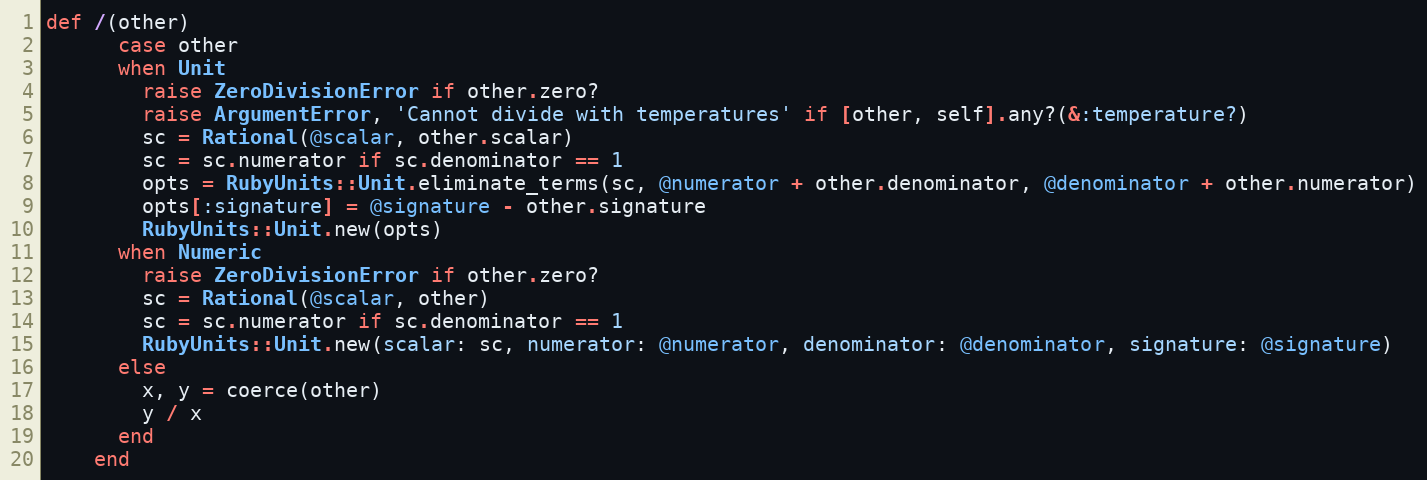
Language: Ruby
def /(other)
      case other
      when Unit
        raise ZeroDivisionError if other.zero?
        raise ArgumentError, 'Cannot divide with temperatures' if [other, self].any?(&:temperature?)
        sc = Rational(@scalar, other.scalar)
        sc = sc.numerator if sc.denominator == 1
        opts = RubyUnits::Unit.eliminate_terms(sc, @numerator + other.denominator, @denominator + other.numerator)
        opts[:signature] = @signature - other.signature
        RubyUnits::Unit.new(opts)
      when Numeric
        raise ZeroDivisionError if other.zero?
        sc = Rational(@scalar, other)
        sc = sc.numerator if sc.denominator == 1
        RubyUnits::Unit.new(scalar: sc, numerator: @numerator, denominator: @denominator, signature: @signature)
      else
        x, y = coerce(other)
        y / x
      end
    end